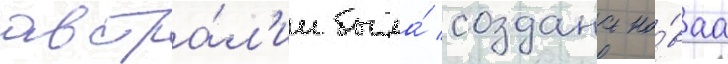
австра́л'ии была́ создана но́ваа